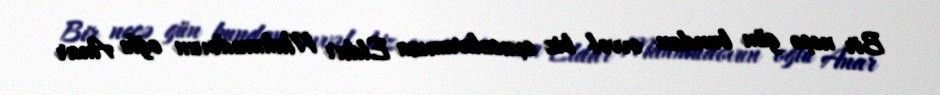
Bir neçə gün bundan əvvəl biz oxucularımıza Eldar Mahmudovun oğlu Anar